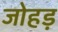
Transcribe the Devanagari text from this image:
जोहड़